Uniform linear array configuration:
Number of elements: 16
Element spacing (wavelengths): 0.5
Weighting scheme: blackman
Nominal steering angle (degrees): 45
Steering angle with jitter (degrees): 44.098
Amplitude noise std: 0.05
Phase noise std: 0.05

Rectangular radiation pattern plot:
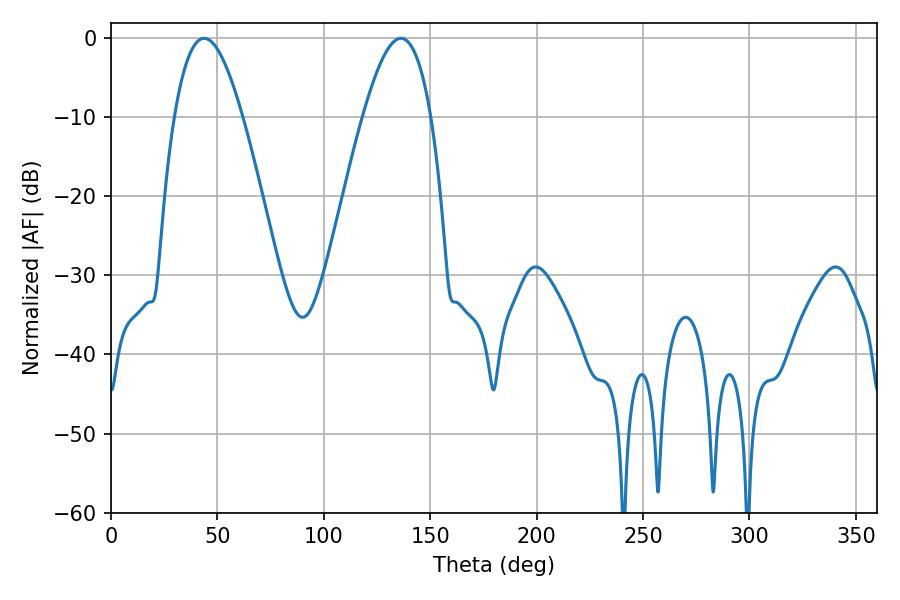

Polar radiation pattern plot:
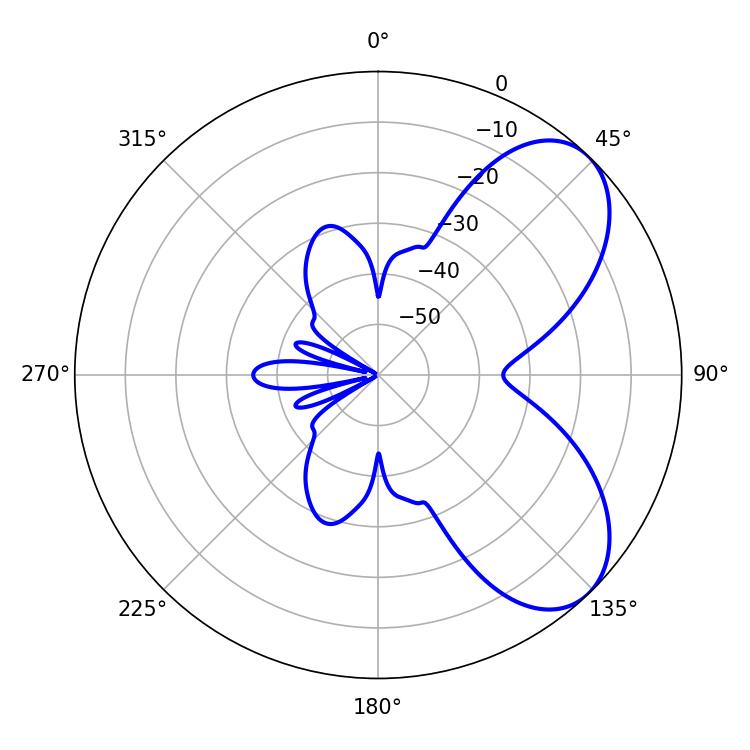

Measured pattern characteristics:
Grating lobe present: FALSE
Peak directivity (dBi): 6.376
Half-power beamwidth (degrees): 17.46
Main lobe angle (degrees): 43.74